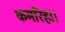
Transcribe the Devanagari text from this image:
कमरिहा।